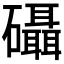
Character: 𮁖